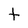
Character: t